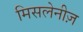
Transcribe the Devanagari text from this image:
मिसलेनीज़